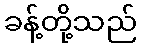
ခန့်တို့သည်